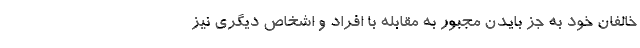
خالفان خود به جز بایدن مجبور به مقابله با افراد و اشخاص دیگری نیز